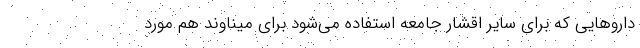
داروهایی که برای سایر اقشار جامعه استفاده می‌شود برای میناوند هم مورد